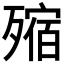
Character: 𣩐